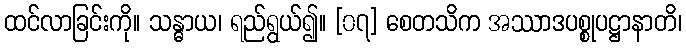
ထင်လာခြင်းကို။ သန္ဓာယ၊ ရည်ရွယ်၍။ [၀၇] စေတသိက အဿာဒပစ္စုပဋ္ဌာနာတိ၊